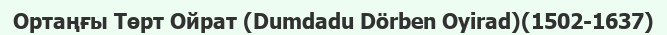
Ортаңғы Төрт Ойрат (Dumdadu Dörben Oyirad)(1502-1637)